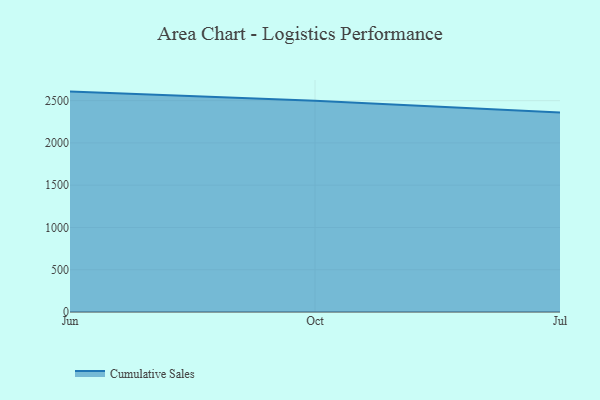
{"axis": {"x": "Month", "y": "Market Share (%)"}, "legend": ["Cumulative Sales"], "data": [{"x": "Jun", "y": 2607.2, "type": "Cumulative Sales"}, {"x": "Oct", "y": 2499.2, "type": "Cumulative Sales"}, {"x": "Jul", "y": 2361.4, "type": "Cumulative Sales"}]}